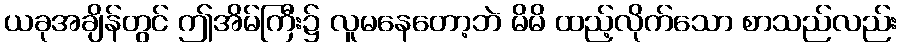
ယခုအချိန်တွင် ဤအိမ်ကြီး၌ လူမနေတော့ဘဲ မိမိ ထည့်လိုက်သော စာသည်လည်း